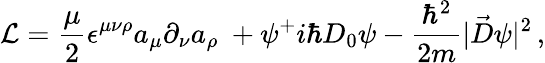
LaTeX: {\cal L}={\frac{\mu}{2}}\epsilon^{\mu\nu\rho}a_{\mu}\partial_{\nu}a_{\rho}\ +\psi^{+}i\hbar D_{0}\psi-{\frac{\hbar^{2}}{2m}}|\vec{D}\psi|^{2}\, ,